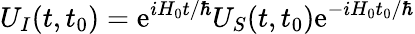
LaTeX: U_{I}(t,t_{0})=\mathrm{e}^{iH_{0}t/\hbar}U_{S}(t,t_{0})\mathrm{e}^{-iH_{0}t_{0}/\hbar}